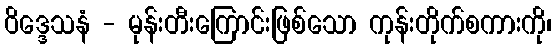
ဝိဒ္ဒေသနံ - မုန်းတီးကြောင်းဖြစ်သော ကုန်းတိုက်စကားကို၊